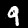
Label: 9